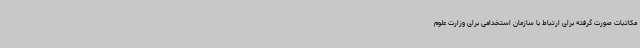
مکاتبات صورت گرفته برای ارتباط با سازمان استخدامی برای وزارت علوم